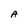
Character: A